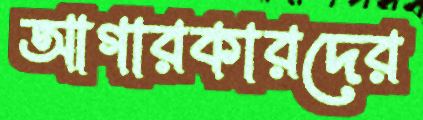
আগারকারদের